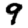
Digit: 9